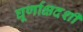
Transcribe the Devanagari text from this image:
घूर्णाक्षदर्शी